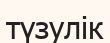
түзулік